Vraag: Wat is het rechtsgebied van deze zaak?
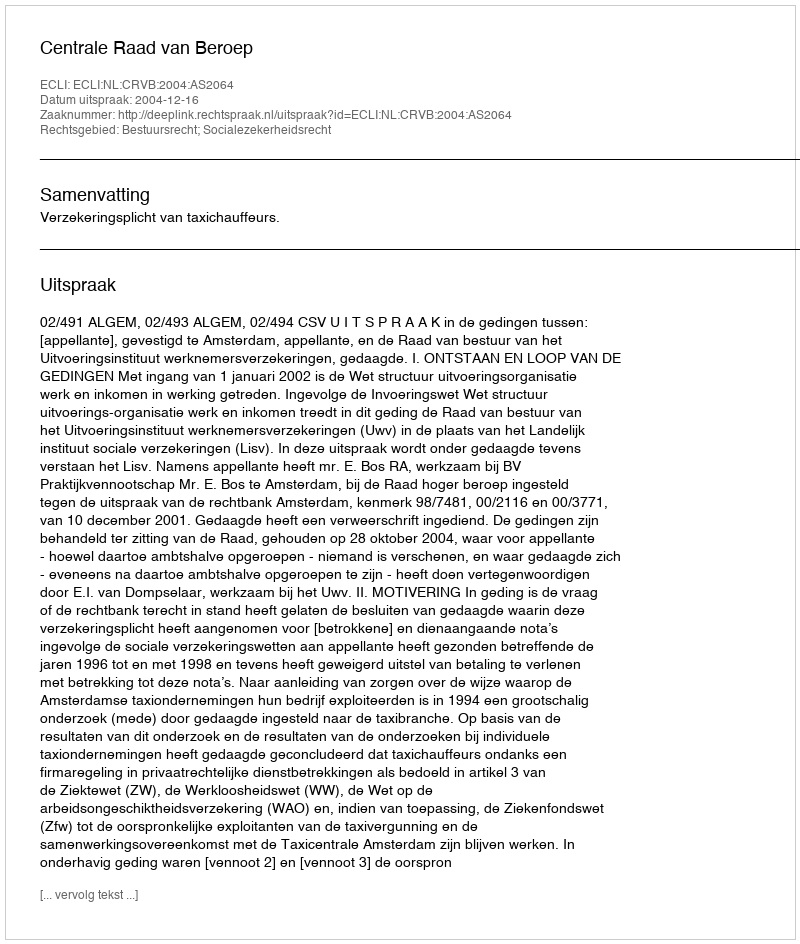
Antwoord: Bestuursrecht; Socialezekerheidsrecht